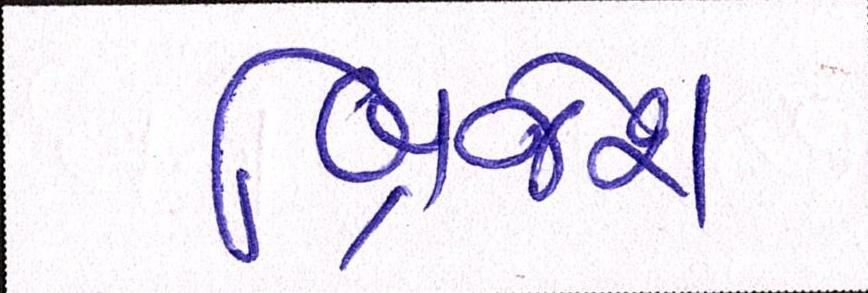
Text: બ્રિજેશ